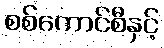
စစ်ကောင်စီနှင့်